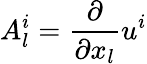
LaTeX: A_{l}^{i}=\frac{\partial}{\partial x_{l}}u^{i}